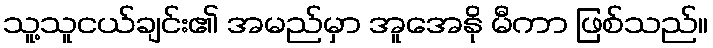
သူ့သူငယ်ချင်း၏ အမည်မှာ အူအေနို မီကာ ဖြစ်သည်။